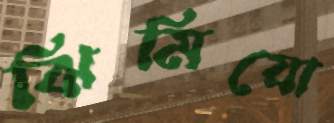
ঝিমিয়ো